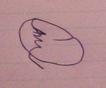
Signature authenticity: forged